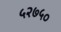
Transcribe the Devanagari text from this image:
५२७५०